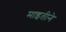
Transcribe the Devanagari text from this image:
माइतीने